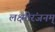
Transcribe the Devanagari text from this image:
लक्ष्मीरंजनम्